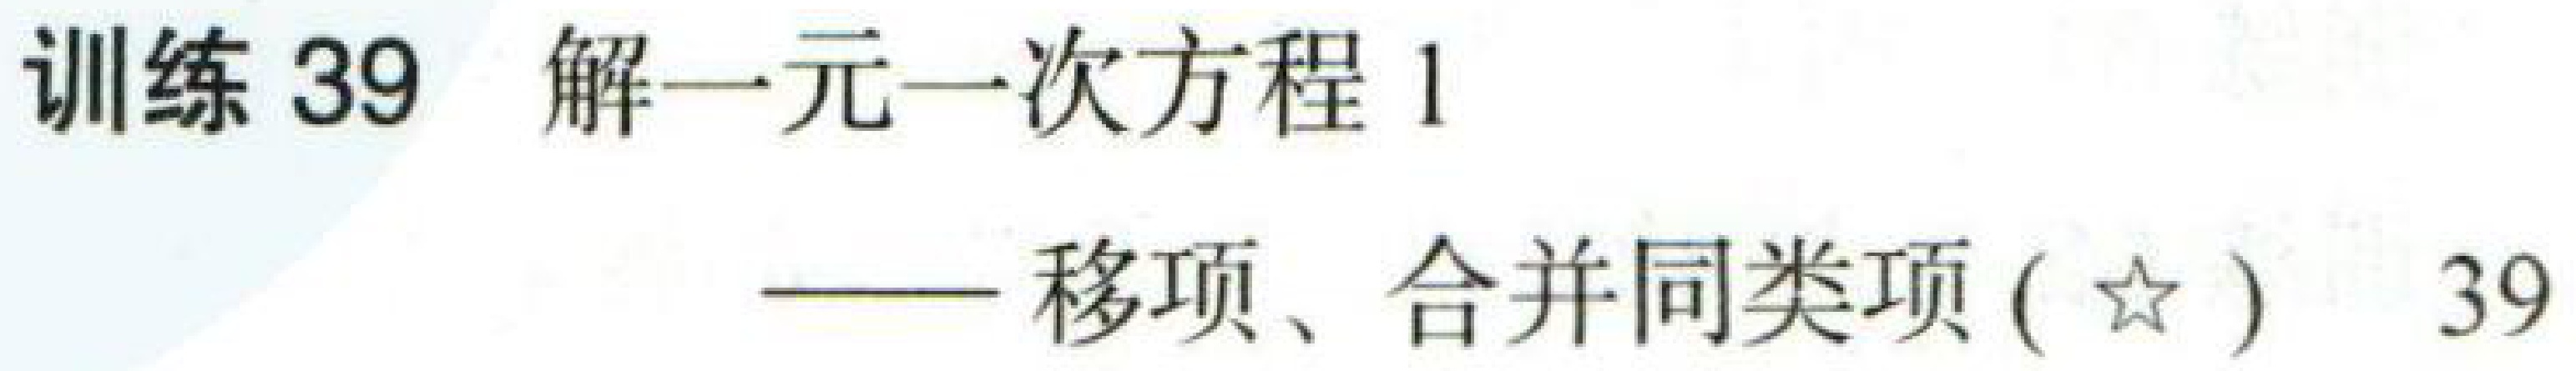
训练 39  解一元一次方程 1
——移项、合并同类项(★)  39